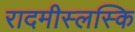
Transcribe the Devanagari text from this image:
रादमीस्लस्कि